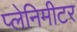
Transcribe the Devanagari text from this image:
प्लेनिमीटर